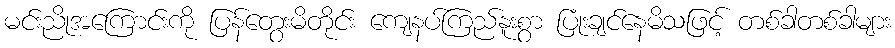
မင်းညိုအကြောင်းကို ပြန်တွေးမိတိုင်း ကျေနပ်ကြည်နူးစွာ ပြုံးချင်နေမိသဖြင့် တစ်ခါတစ်ခါများ